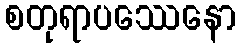
စတုရာပဿေနော